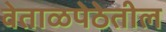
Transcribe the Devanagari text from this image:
वेताळपेठेतील